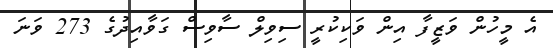
އެ މީހުން ވަޒީފާ އިން ވަކިކުރީ ސިވިލް ސާވިސް ގަވާއިދުގެ 273 ވަނަ